Medical and sanitary report of the native army of Bengal for the year
Year: 1874
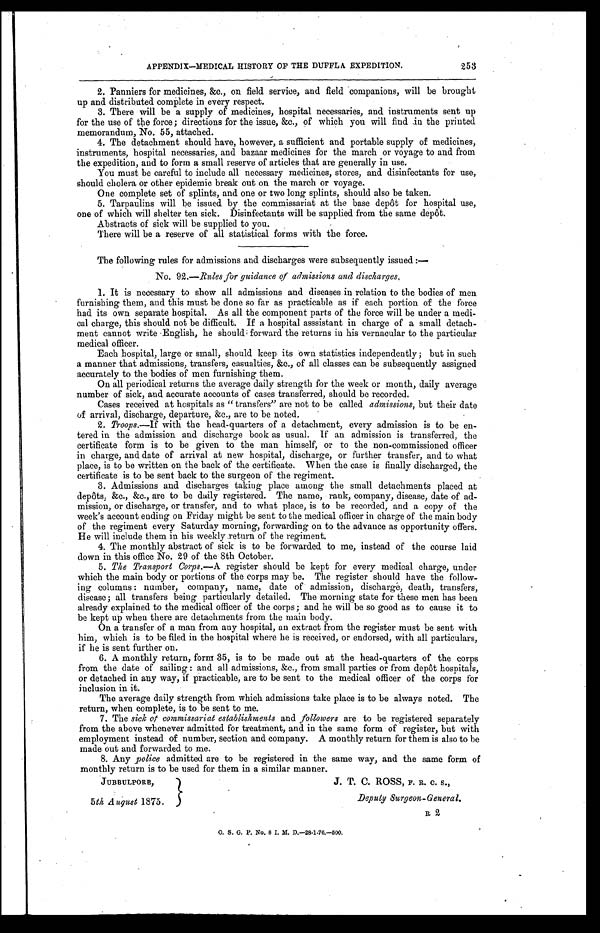
APPENDIX—MEDICAL HISTORY OF THE DUFFLA EXPEDITION.
253
2. Panniers for medicines, &c., on field service, and field companions, will be brought
up and distributed complete in every respect.
3. There will be a supply of medicines, hospital necessaries, and instruments sent up
for the use of the force; directions for the issue, &c., of which you will find in the printed
memorandum, No. 55, attached
.
4. The detachment should have, however, a sufficient and portable supply of medicines,
instruments, hospital necessaries, and bazaar medicines for the march or voyage to and from
the expedition, and to form a small reserve of articles that are generally in use.
You must be careful to include all necessary medicines, stores, and disinfectants for use,
should cholera or other epidemic break out on the march or voyage.
One complete set of splints, and one or two long splints, should also be taken.
5. Tarpaulins will be issued by the commissariat at the base depot for hospital use,
one of which will shelter ten sick. Disinfectants will be supplied from the same depôt.
Abstracts of sick will be supplied to you.
There will be a reserve of all statistical forms with the force.
The following rules for admissions and discharges were subsequently issued:— -
No. 92.—Rules for guidance of admissions and discharges
.
1. It is necessary to show all admissions and diseases in relation to the bodies of men
furnishing them, and this must be done so far as practicable as if each portion of the force
had its own separate hospital. As all the component parts of the force will be under a medi
-cal charge, this should not be difficult. If a hospital asssistant in charge of a small detach
-ment cannot write English, he should forward the returns in his vernacular to the particular
medical officer.
Each hospital, large or small, should keep its own statistics independently; but in such
a manner that admissions, transfers, casualties, &c., of all classes can be subsequently assigned
accurately to the bodies of men furnishing them.
On all periodical returns the average daily strength for the week or month, daily average
number of sick, and accurate accounts of cases transferred, should be recorded.
Cases received at hospitals as "transfers" are not to be called admissions, but their date
of arrival, discharge, departure, &c., are to be noted.
2.
Troops.—If with the head-quarter s of a detachment, every admission is to be en
-tered in the admission and discharge book as usual. If an admission is transferred, the
certificate form is to be given to the man himself, or to the non-commissioned officer
in charge, and date of arrival at new hospital, discharge, or further transfer, and to what
place, is to be written on the back of the certificate. W hen the case is finally discharged, the
certificate is to be sent back to the surgeon of the regiment.
3. Admissions and discharges taking place among the small detachments placed at
depôts, &c., &c., are to be daily registered. The name, rank, company, disease, date of ad-
mission, or discharge, or transfer, and to what place, is to be recorded, and a copy of the
week's account ending on Friday might be sent to the medical officer in charge of the main body
of the regiment every Saturday morning, forwarding on to the advance as opportunity offers.
He will include them in his weekly return of the regiment.
4. The monthly abstract of sick is to be forwarded to me, instead of the course laid
down in this office No. 29 of the 8th October.
5. The Transport Corps. —A register should be kept for every medical charge, under
which the main body or portions of the corps may be. The register should have the follow
-ing columns: number, company, name, date of admission, discharge, death, transfers,
disease; all transfers being particularly detailed. The morning state for these men has been
already explained to the medical officer of the corps; and he will be so good as to cause it to
be kept up when there are detachments from the main body.
On a transfer of a man from any hospital, an extract from the register must be sent with
him, which is to be filed in the hospital where he is received, or endorsed, with all particulars,
if he is sent further on.
6. A monthly return, form 35, is to be made out at the head-quarters of the corps
from the date of sailing: and all admissions, &c., from small parties or from depôt hospitals,
or detached in any way, if practicable, are to be sent to the medical officer of the corps for
inclusion in it.
The average daily strength from which admissions take place is to be always noted. The
return, when complete, is to be sent to me.
7. The sick of commissariat establishments and followers are to be registered separately
from the above whenever admitted for treatment, and in the same form of register, but with
employment instead of number, section and company. A monthly return for them is also to be
made out and forwarded to me.
8. Any police admitted are to be registered in the same way, and the same form of
monthly return is to be used for them in a similar manner.
JUBBULPORE, J. T. C. ROSS, F. R. C. S.,
5 th August 1875.
Deputy Surgeon-General.
O. S. G. P. No. 8 I. M. D.—28-1-76.—500.